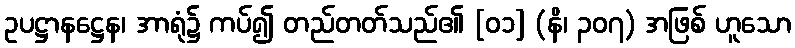
ဥပဋ္ဌာနဋ္ဌေန၊ အာရုံ၌ ကပ်၍ တည်တတ်သည်၏ [၀၁] (နိ၊ ၃၀၇) အဖြစ် ဟူသော